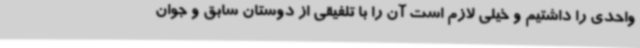
واحدی را داشتیم و خیلی لازم است آن را با تلفیقی از دوستان سابق و جوان